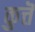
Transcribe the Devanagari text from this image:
कुत्तॆ